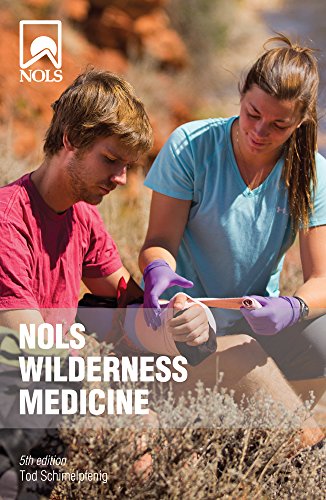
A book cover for NOLS Wilderness Medicine: 5th Edition (NOLS Library); Tod Schimelpfenig; Health, Fitness & Dieting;